Scottish Leaving Certificate Examination, 1956
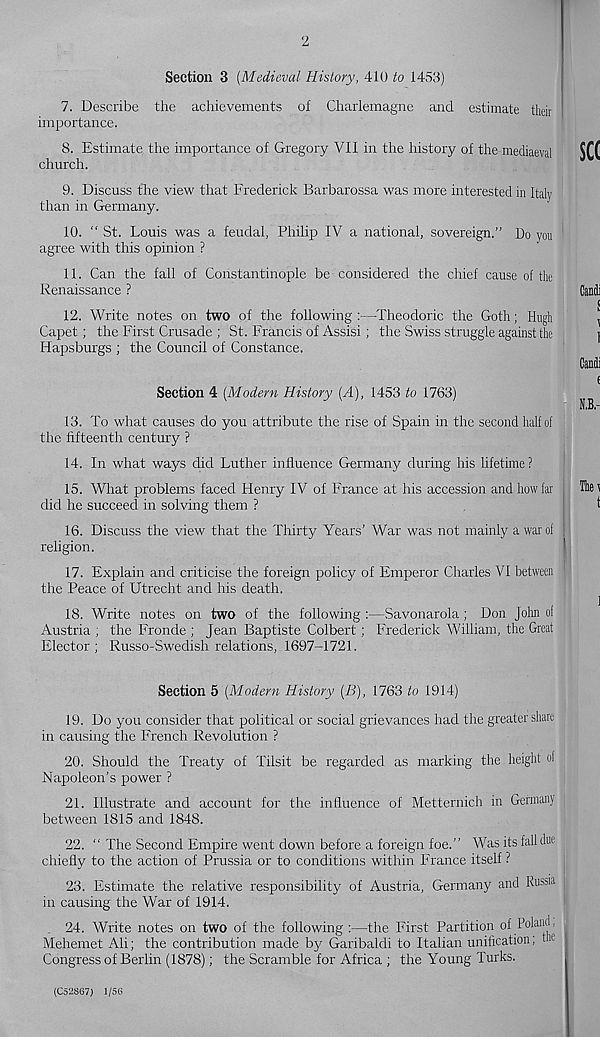
2
Section 3 (Medieval History, 410 to 1453)
7. Describe the achievements of Charlemagne and estimate their
importance.
8. Estimate the importance of Gregory VII in the history of the mediaeval
church.
9. Discuss the view that Frederick Barbarossa was more interested in Italy
than in Germany.
10. “ St. Louis was a feudal, Philip IV a national, sovereign.” Do you
agree with this opinion ?
11. Can the fall of Constantinople be considered the chief cause of the
Renaissance ?
12. Write notes on two of the following :—Theodoric the Goth; Hugh
Capet; the First Crusade ; St. Francis of Assisi; the Swiss struggle against the
Hapsburgs ; the Council of Constance.
Section 4 (Modern History (A), 1453 to 1763)
13. To what causes do you attribute the rise of Spain in the second half of
the fifteenth century ?
14. In what ways did Luther influence Germany during his lifetime?
15. What problems faced Henry IV of France at his accession and how far
did he succeed in solving them ?
16. Discuss the view that the Thirty Years’ War was not mainly a war of
religion.
17. Explain and criticise the foreign policy of Emperor Charles VI between
the Peace of Utrecht and his death.
18. Write notes on two of the following :—Savonarola ; Don John of
Austria ; the Fronde ; Jean Baptiste Colbert; Frederick William, the Great
Elector; Russo-Swedish relations, 1697-T721.
Section 5 (Modern History (B), 1763 to 1914)
19. Do you consider that political or social grievances had the greater share
in causing the French Revolution ?
20. Should the Treaty of Tilsit be regarded as marking the height of
Napoleon’s power ?
21. Illustrate and account for the influence of Metternich in Germany
between 1815 and 1848.
22. “ The Second Empire went down before a foreign foe.” Was its fall due
chiefly to the action of Prussia or to conditions within France itself ?
23. Estimate the relative responsibility of Austria, Germany and Ru ssia
in causing the War of 1914.
24. Write notes on two of the following :—the First Partition of Poland,
Mehemet Ali; the contribution made by Garibaldi to Italian unification; me
Congress of Berlin (1878); the Scramble for Africa ; the Young Turks.
see
1
1
Cantli
f
Thei
t
1
(C52S67) 1/56